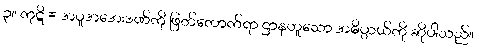
၃။ ကုဋိ = အပူအအေးဒဏ်ကို ဖြတ်တောက်ရာ ဌာနဟူသော အဓိပ္ပာယ်ကို ဆိုပါသည်။